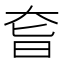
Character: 㚛